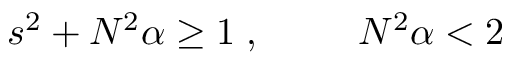
s ^ { 2 } + N ^ { 2 } \alpha \geq 1 \; , \; \; \; \; \; \; \; \; \; N ^ { 2 } \alpha < 2